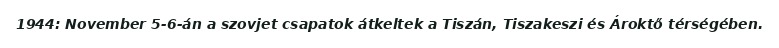
1944: November 5-6-án a szovjet csapatok átkeltek a Tiszán, Tiszakeszi és Ároktő térségében.